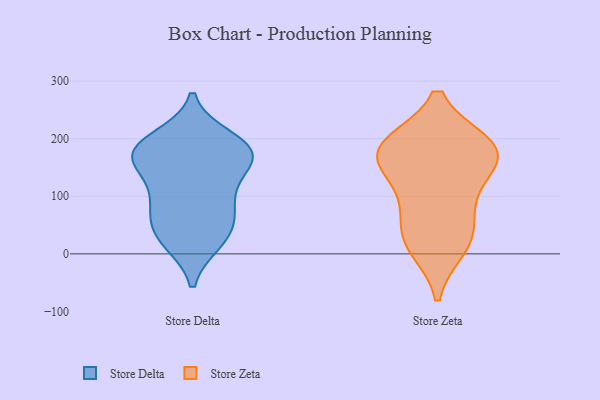
{"axis": {"x": "Conversion Rate (%)", "y": "Value"}, "legend": ["Store Delta", "Store Zeta"], "data": [{"x": "", "y": 177, "type": "Store Delta"}, {"x": "", "y": 36, "type": "Store Delta"}, {"x": "", "y": 69, "type": "Store Delta"}, {"x": "", "y": 118, "type": "Store Delta"}, {"x": "", "y": 28, "type": "Store Delta"}, {"x": "", "y": 76, "type": "Store Delta"}, {"x": "", "y": 172, "type": "Store Delta"}, {"x": "", "y": 101, "type": "Store Delta"}, {"x": "", "y": 164, "type": "Store Delta"}, {"x": "", "y": 180, "type": "Store Delta"}, {"x": "", "y": 199, "type": "Store Delta"}, {"x": "", "y": 178, "type": "Store Delta"}, {"x": "", "y": 170, "type": "Store Delta"}, {"x": "", "y": 23, "type": "Store Delta"}, {"x": "", "y": 187, "type": "Store Zeta"}, {"x": "", "y": 23, "type": "Store Zeta"}, {"x": "", "y": 84, "type": "Store Zeta"}, {"x": "", "y": 184, "type": "Store Zeta"}, {"x": "", "y": 164, "type": "Store Zeta"}, {"x": "", "y": 38, "type": "Store Zeta"}, {"x": "", "y": 189, "type": "Store Zeta"}, {"x": "", "y": 158, "type": "Store Zeta"}, {"x": "", "y": 112, "type": "Store Zeta"}, {"x": "", "y": 12, "type": "Store Zeta"}, {"x": "", "y": 185, "type": "Store Zeta"}]}